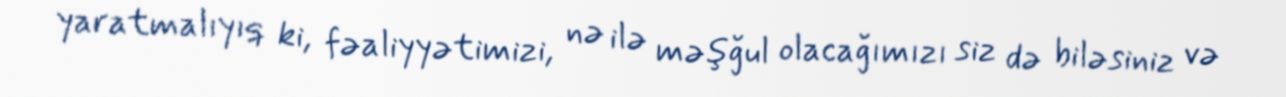
yaratmalıyıq ki, fəaliyyətimizi, nə ilə məşğul olacağımızı siz də biləsiniz və